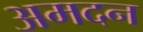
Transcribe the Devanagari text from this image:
अमदन